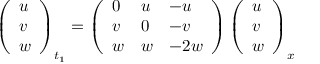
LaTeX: \left( \begin{array} { l } { { u } } \\ { { v } } \\ { { w } } \end{array} \right) _ { t _ { 1 } } = \left( \begin{array} { l l l } { { 0 } } & { { u } } & { { - u } } \\ { { v } } & { { 0 } } & { { - v } } \\ { { w } } & { { w } } & { { - 2 w } } \end{array} \right) \left( \begin{array} { l } { { u } } \\ { { v } } \\ { { w } } \end{array} \right) _ { x }